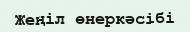
Жеңіл өнеркәсібі